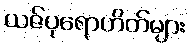
ယဇ်ပုရောဟိတ်များ